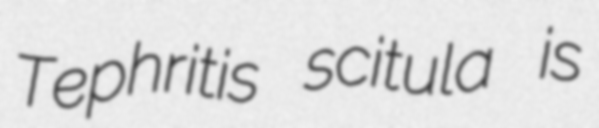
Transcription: Tephritis scitula is